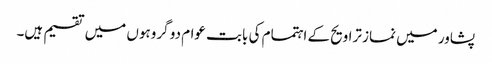
پشاور میں نماز تراویح کے اہتمام کی بابت عوام دو گروہوں میں تقسیم ہیں۔